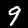
Label: 9